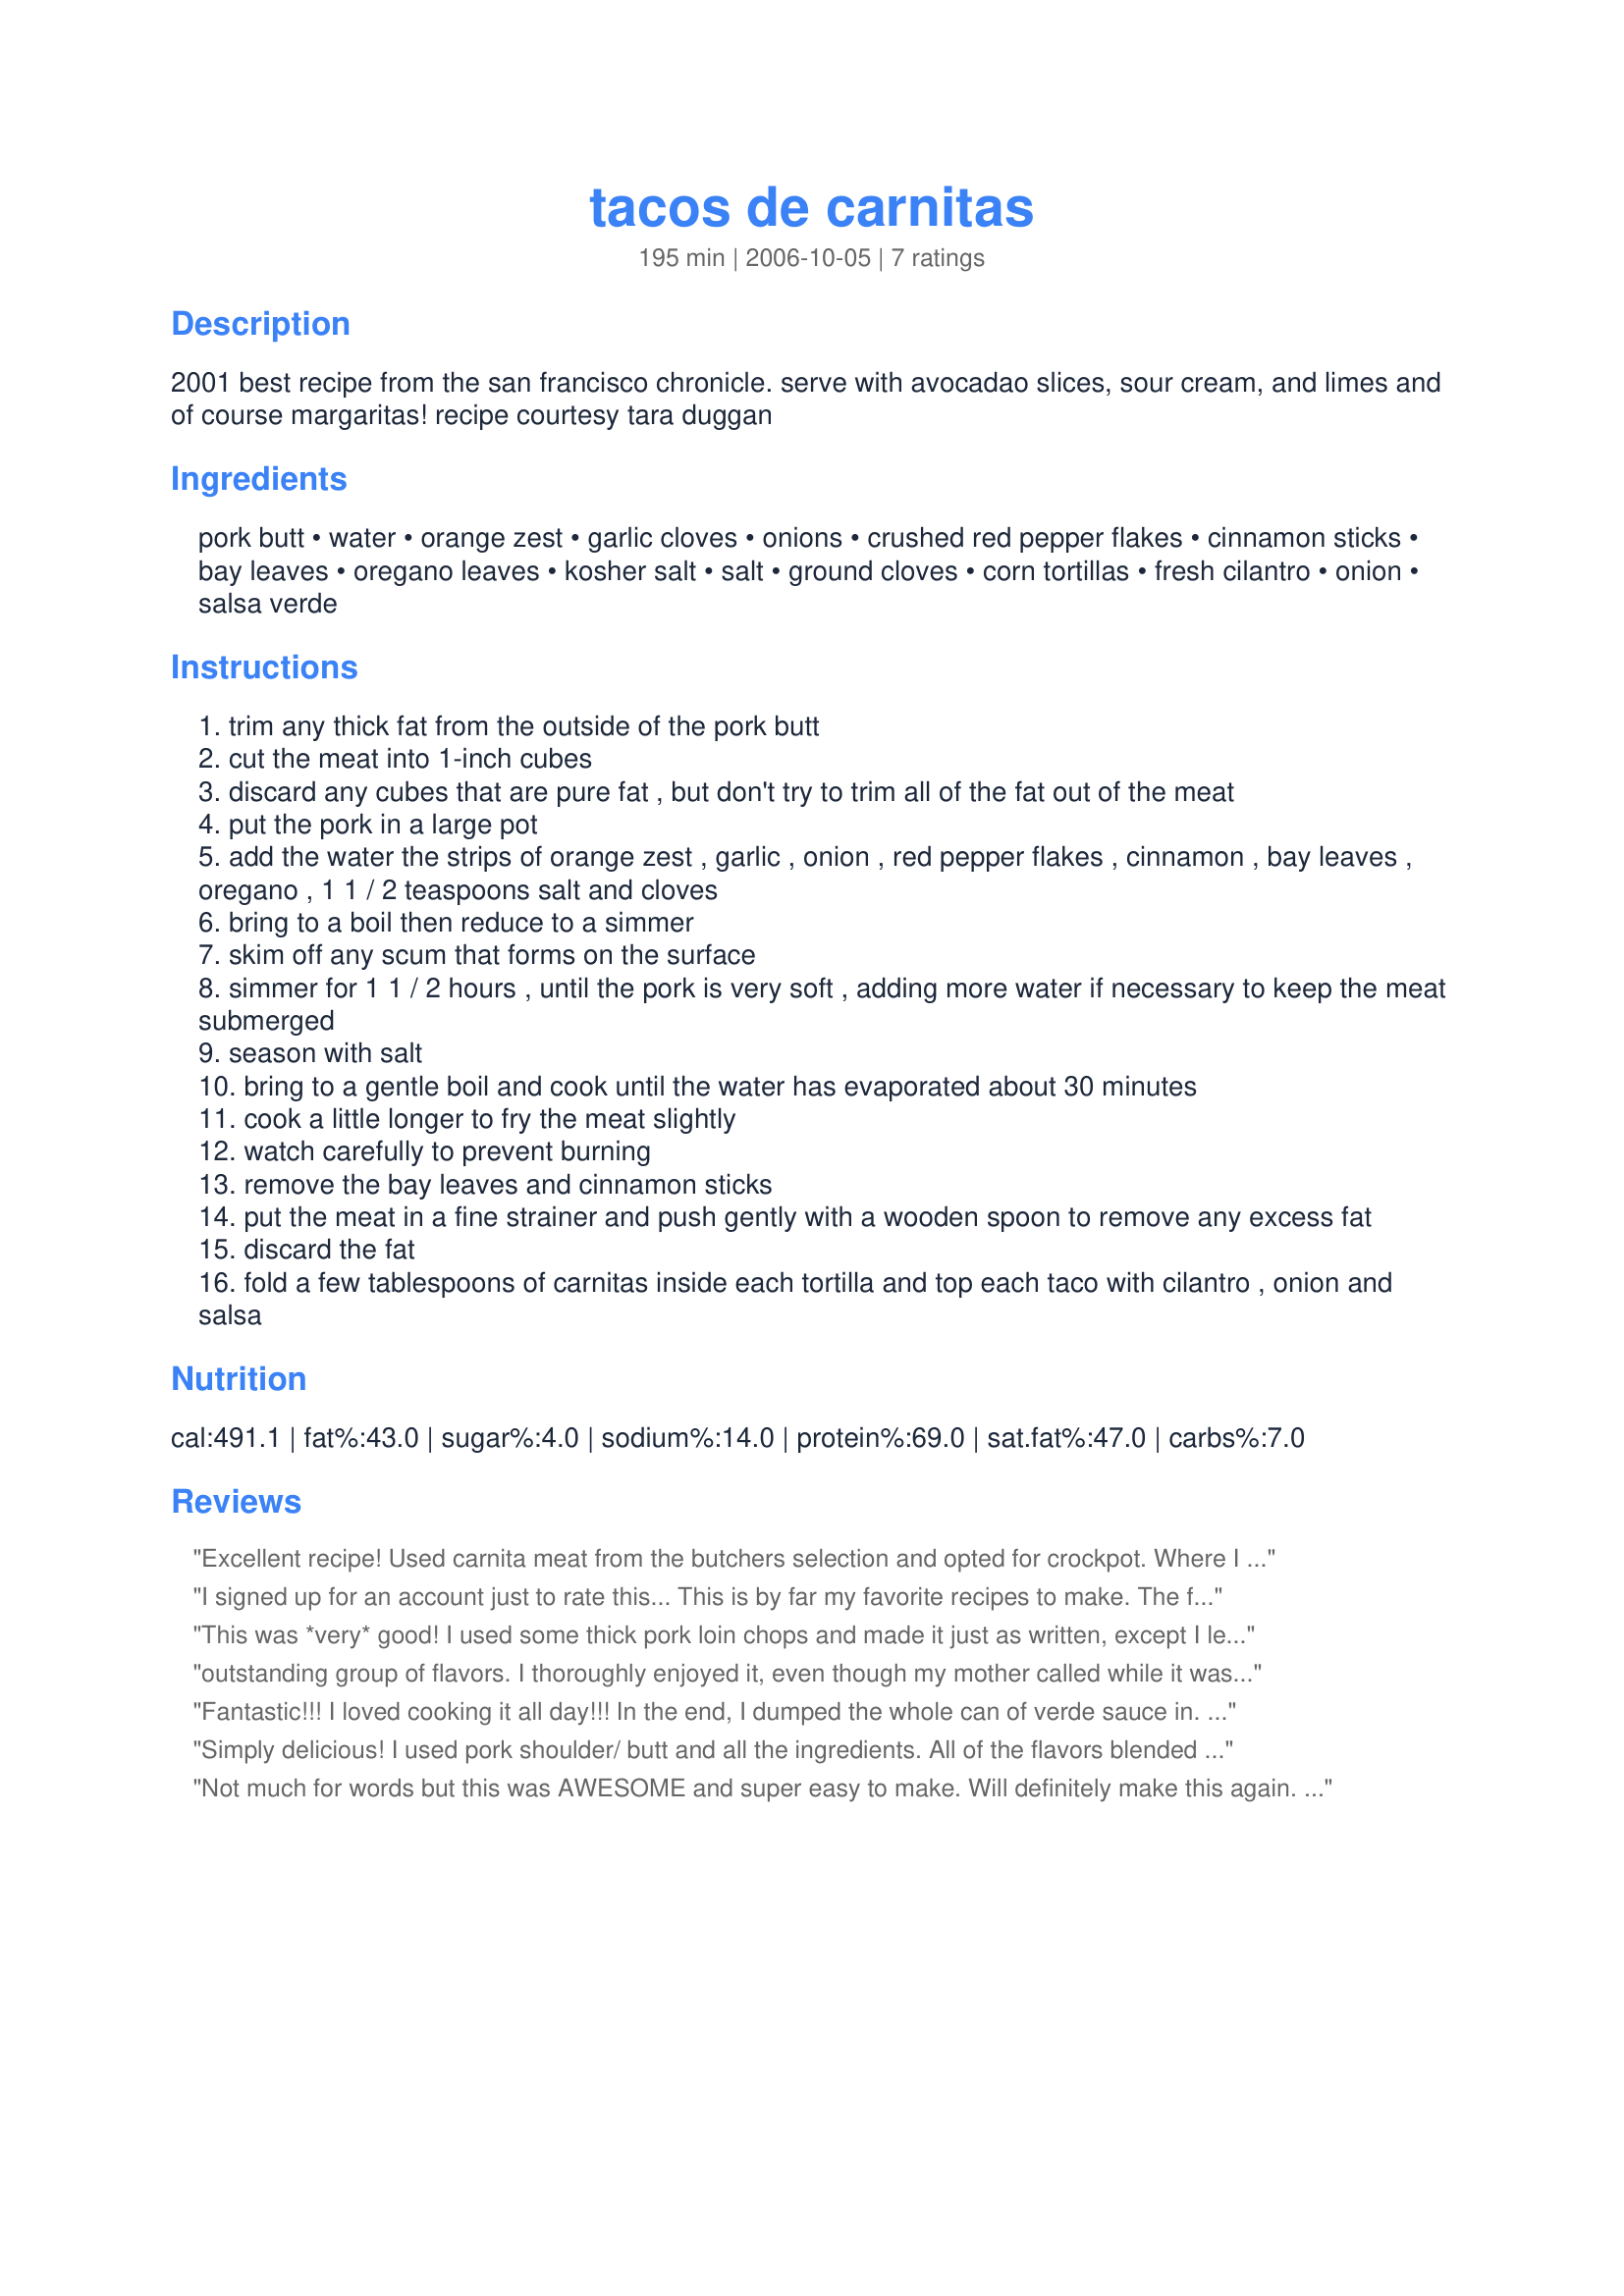
tacos de carnitas
Preparation time: 195 minutes

2001 best recipe from the san francisco chronicle. serve with avocadao slices, sour cream, and limes and of course margaritas! recipe courtesy tara duggan

Ingredients:
pork butt, water, orange zest, garlic cloves, onions, crushed red pepper flakes, cinnamon sticks, bay leaves, oregano leaves, kosher salt, salt, ground cloves, corn tortillas, fresh cilantro, onion, salsa verde

Steps:
trim any thick fat from the outside of the pork butt
cut the meat into 1-inch cubes
discard any cubes that are pure fat , but don't try to trim all of the fat out of the meat
put the pork in a large pot
add the water the strips of orange zest , garlic , onion , red pepper flakes , cinnamon , bay leaves , oregano , 1 1 / 2 teaspoons salt and cloves
bring to a boil then reduce to a simmer
skim off any scum that forms on the surface
simmer for 1 1 / 2 hours , until the pork is very soft , adding more water if necessary to keep the meat submerged
season with salt
bring to a gentle boil and cook until the water has evaporated about 30 minutes
cook a little longer to fry the meat slightly
watch carefully to prevent burning
remove the bay leaves and cinnamon sticks
put the meat in a fine strainer and push gently with a wooden spoon to remove any excess fat
discard the fat
fold a few tablespoons of carnitas inside each tortilla and top each taco with cilantro , onion and salsa

Reviews:
Excellent recipe! Used carnita meat from the butchers selection and opted for crockpot. Where I went wrong was pushing the meat thru the strainer losing all the moisture. That was bummer and I should have put 2 and 2 together on that one. Next time I&#039;ll know to set aside a cpl cups of the juices as an add in on fry time. Thank you for the fabulous recipe-it&#039;s totally authentic and took us back!
I signed up for an account just to rate this... This is by far my favorite recipes to make. The flavors mix together nicely. I do like a little heat in my dishes, so I add about 1/4 tsp cayenne pepper, 1/2 tsp chili powder and 1/2 tsp cumin (I&#039;m addicted. I can&#039;t help it). Great to serve with fresh jalape
This was *very* good! I used some thick pork loin chops and made it just as written, except I left out the cilantro. It was so easy to put together--I especially liked that browning the meat was not necessary--and just jam-packed with wonderful flavor. Thanks for another keeper, cookiedog!
outstanding group of flavors. I thoroughly enjoyed it, even though my mother called while it was cooking and the pot burnt :D Luckily the pork had ended in a pile so there was enough that had not been touched by the charring lol. The verde sauce, chilantro and sour cream (i used fat free) just freshened the whole thing up. Thanks so much for posting.
Fantastic!!! I loved cooking it all day!!! In the end, I dumped the whole can of verde sauce in. Topped our tacos with chopped onions and cilantro and a smidge of cheese!
Simply delicious! I used pork shoulder/ butt and all the ingredients. All of the flavors blended smoothly and nothing was overwhelming. Served on flour tortillas & topped with avocado slices, chopped fresh cilantro leaves and onions. I did not take the meat to the browning stage, just short of it, keeping it moist. This is company worthy and great for a family weekday dinner, we will make this often. Cookiedog, thanks a BUNCH! YUM!
Not much for words but this was AWESOME and super easy to make. Will definitely make this again. Thank you so much for the recipe Cookiedog!
